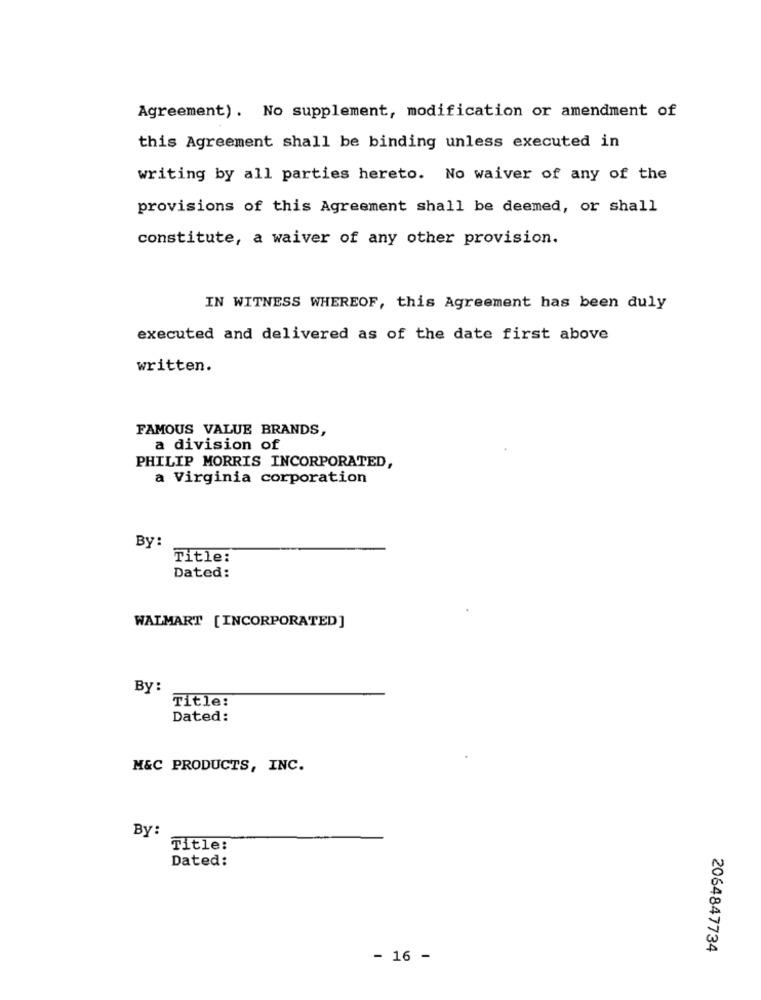
Agreement). No supplement, modification or amendment of
this Agreement shall be binding unless executed in
writing by all parties hereto. No waiver of any of the
provisions of this Agreement shall be deemed, or shall
constitute, a waiver of any other provision.
IN WITNESS WHEREOF, this Agreement has been duly
executed and delivered as of the date first above
written.
FAMOUS VALUE BRANDS,
a division of
PHILIP MORRIS INCORPORATED,
a Virginia corporation
By:
Title:
Dated:
WALMART [INCORPORATED]
By:
Title:
Dated:
M&C PRODUCTS, INC.
By:
Title:
Dated:
2064847734
- 16 -